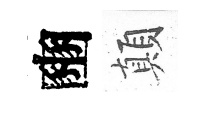
豳顛